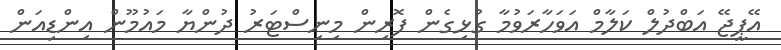
އޭޕީޖޭ އަބްދުލް ކަލާމް އަވަހާރަވުމާ ގުޅިގެން ފޮރިން މިނިސްޓަރު ދުންޔާ މައުމޫން އިންޑިއަން